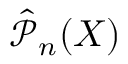
\hat { \mathcal { P } } _ { n } ( X )